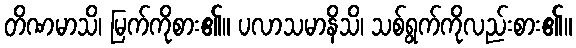
တိဏမာသိ၊ မြက်ကိုစား၏။ ပလာသမာနိသိ၊ သစ်ရွက်ကိုလည်းစား၏။